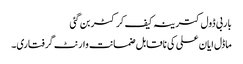
باربی ڈول کترینہ کیف کرکٹر بن گئی
ماڈل ایان علی کی ناقابل ضمانت وارنٹ گرفتاری۔